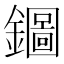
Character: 𨮢